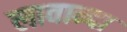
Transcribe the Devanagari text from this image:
लावान्दा